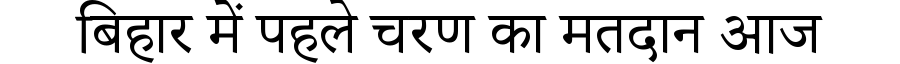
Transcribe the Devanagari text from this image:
बिहार में पहले चरण का मतदान आज